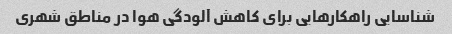
شناسایی راهکارهایی برای کاهش آلودگی هوا در مناطق شهری